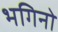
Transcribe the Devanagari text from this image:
भगिनो